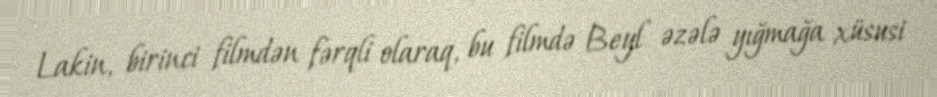
Lakin, birinci filmdən fərqli olaraq, bu filmdə Beyl əzələ yığmağa xüsusi